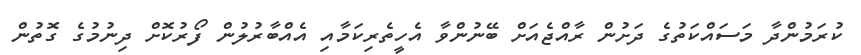
ކުރަމުންދާ މަސައްކަތުގެ ދަށުން ރާއްޖެއަށް ބޭނުންވާ އެހީތެރިކަމާއި އެއްބާރުލުން ފޯރުކޮށް ދިނުމުގެ ގޮތުން